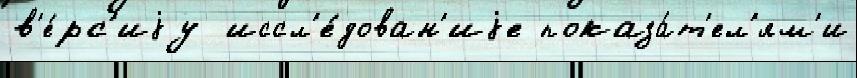
в'е́рс'иjу  иссл'е́дован'иjе показа́т'ел'ям'и